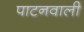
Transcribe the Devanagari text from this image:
पाटनवाली